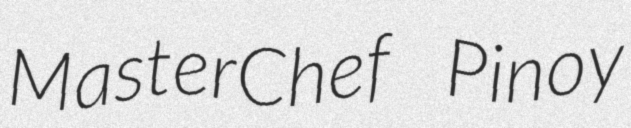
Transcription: MasterChef Pinoy